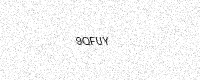
Text: 9QFUY